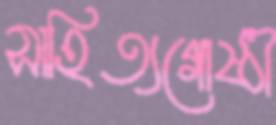
সাহিত্যগোষ্ঠী